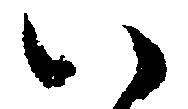
い